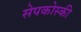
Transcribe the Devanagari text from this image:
सेपकोस्की